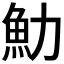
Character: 𩵓